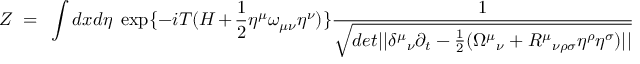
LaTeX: Z ~ = ~ \int d x d \eta \ \exp \{ - i T ( H + \frac { 1 } { 2 } \eta ^ { \mu } \omega _ { \mu \nu } \eta ^ { \nu } ) \} { \frac { 1 } { \sqrt { d e t | | { \delta ^ { \mu } } _ { \nu } \partial _ { t } - \frac { 1 } { 2 } ( { \Omega ^ { \mu } } _ { \nu } + { R ^ { \mu } } _ { \nu \rho \sigma } \eta ^ { \rho } \eta ^ { \sigma } ) | | } } }